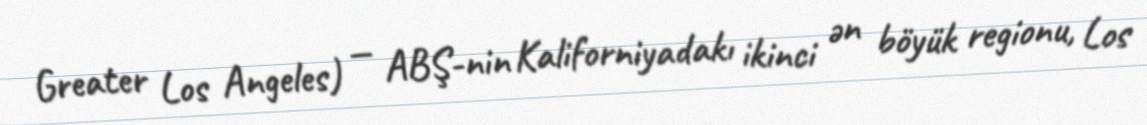
Greater Los Angeles) — ABŞ-nin Kaliforniyadakı ikinci ən böyük regionu, Los